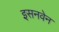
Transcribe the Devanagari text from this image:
इसनवेन